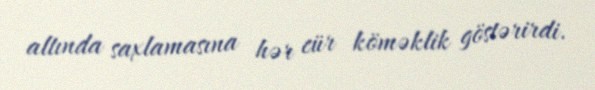
altında saxlamasına hər cür köməklik göstərirdi.